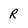
Character: R